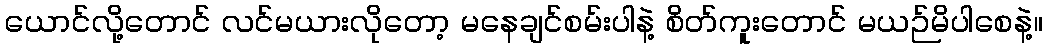
ယောင်လို့တောင် လင်မယားလိုတော့ မနေချင်စမ်းပါနဲ့ စိတ်ကူးတောင် မယဉ်မိပါစေနဲ့။